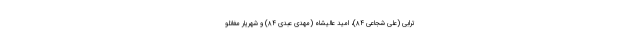
ترابی (علی شجاعی ۸۴)، امید عالیشاه (مهدی عبدی ۸۴) و شهریار مغانلو